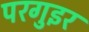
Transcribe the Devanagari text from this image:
परगुइर